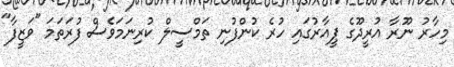
މިހާރު ނޫރާ އުރީދޫގެ ޕީއާރުގައި ހުރެ ކުންފުނި ތަމްސީލް ކުރިނަމަވެސް ފުރަތަމަ "ވަޒީފާ"